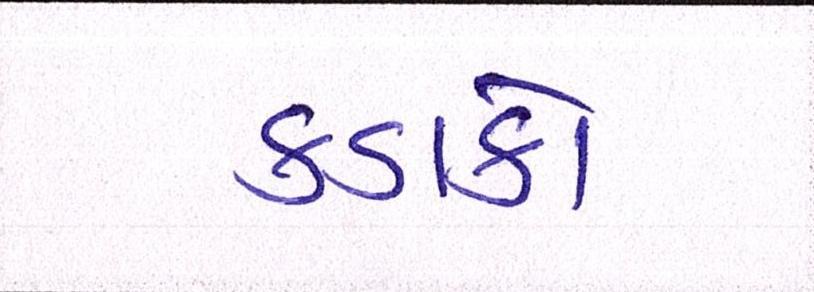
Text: કડાકો